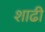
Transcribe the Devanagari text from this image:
शाढी